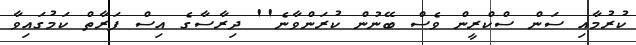
ކުރުމާއި ސަން ސްކްރީން ވެސް ބޭނުން ކުރަންވާނެ'' ދިރާސާގެ އިސް ފަރާތް ކަމުގައިވާ